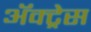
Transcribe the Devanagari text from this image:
ॲक्ट्रेस